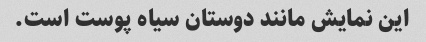
این نمایش مانند دوستان سیاه پوست است.